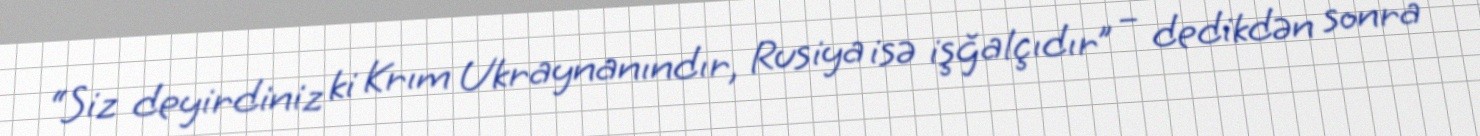
“Siz deyirdiniz ki Krım Ukraynanındır, Rusiya isə işğalçıdır” – dedikdən sonra